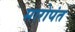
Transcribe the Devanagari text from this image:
मारोपंत